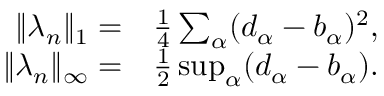
\begin{array} { r l } { \| \lambda _ { n } \| _ { 1 } = } & { { } \frac { 1 } { 4 } \sum _ { \alpha } ( d _ { \alpha } - b _ { \alpha } ) ^ { 2 } , } \\ { \| \lambda _ { n } \| _ { \infty } = } & { { } \frac { 1 } { 2 } \operatorname* { s u p } _ { \alpha } ( d _ { \alpha } - b _ { \alpha } ) . } \end{array}